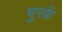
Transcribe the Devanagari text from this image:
भुरकें